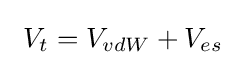
\ V_{t}=V_{vdW}+V_{es}